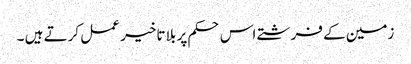
زمین کے فرشتے اس حکم پر بلا تاخیر عمل کرتے ہیں ۔